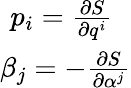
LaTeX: \begin{array}{cc}{p_{i}=\frac{\partial S}{\partial q^{i}}\; }\\ {\beta_{j}=-\frac{\partial S}{\partial\alpha^{j}}}\end{array}